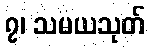
၇၊ သမယသုတ်